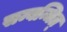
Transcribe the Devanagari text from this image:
सम्बन्धित्